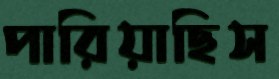
পারিয়াছিস